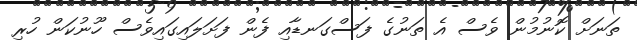
ތަނަށް ކޮނުމުން ވެސް އެ ތަނުގެ ފަސްގަނޑާއި ފެން ފަށަލައިގައިވެސް ހޫނުކަން ހުރި